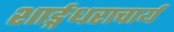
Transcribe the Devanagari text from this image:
शार्ङ्गधराचार्य